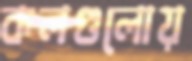
কলগুলোয়